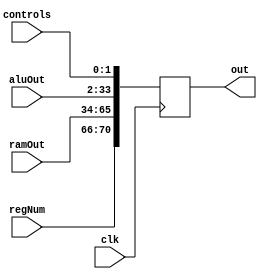
module MReg(
	input [1:0]controls,
	input [31:0]ramOut,
	input [31:0]aluOut,
	input [4:0]regNum,
	input clk,
	output reg [70:0]out);

	always @(negedge clk) begin
		out<={regNum, ramOut, aluOut, controls};
	end

endmodule